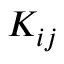
K _ { i j }